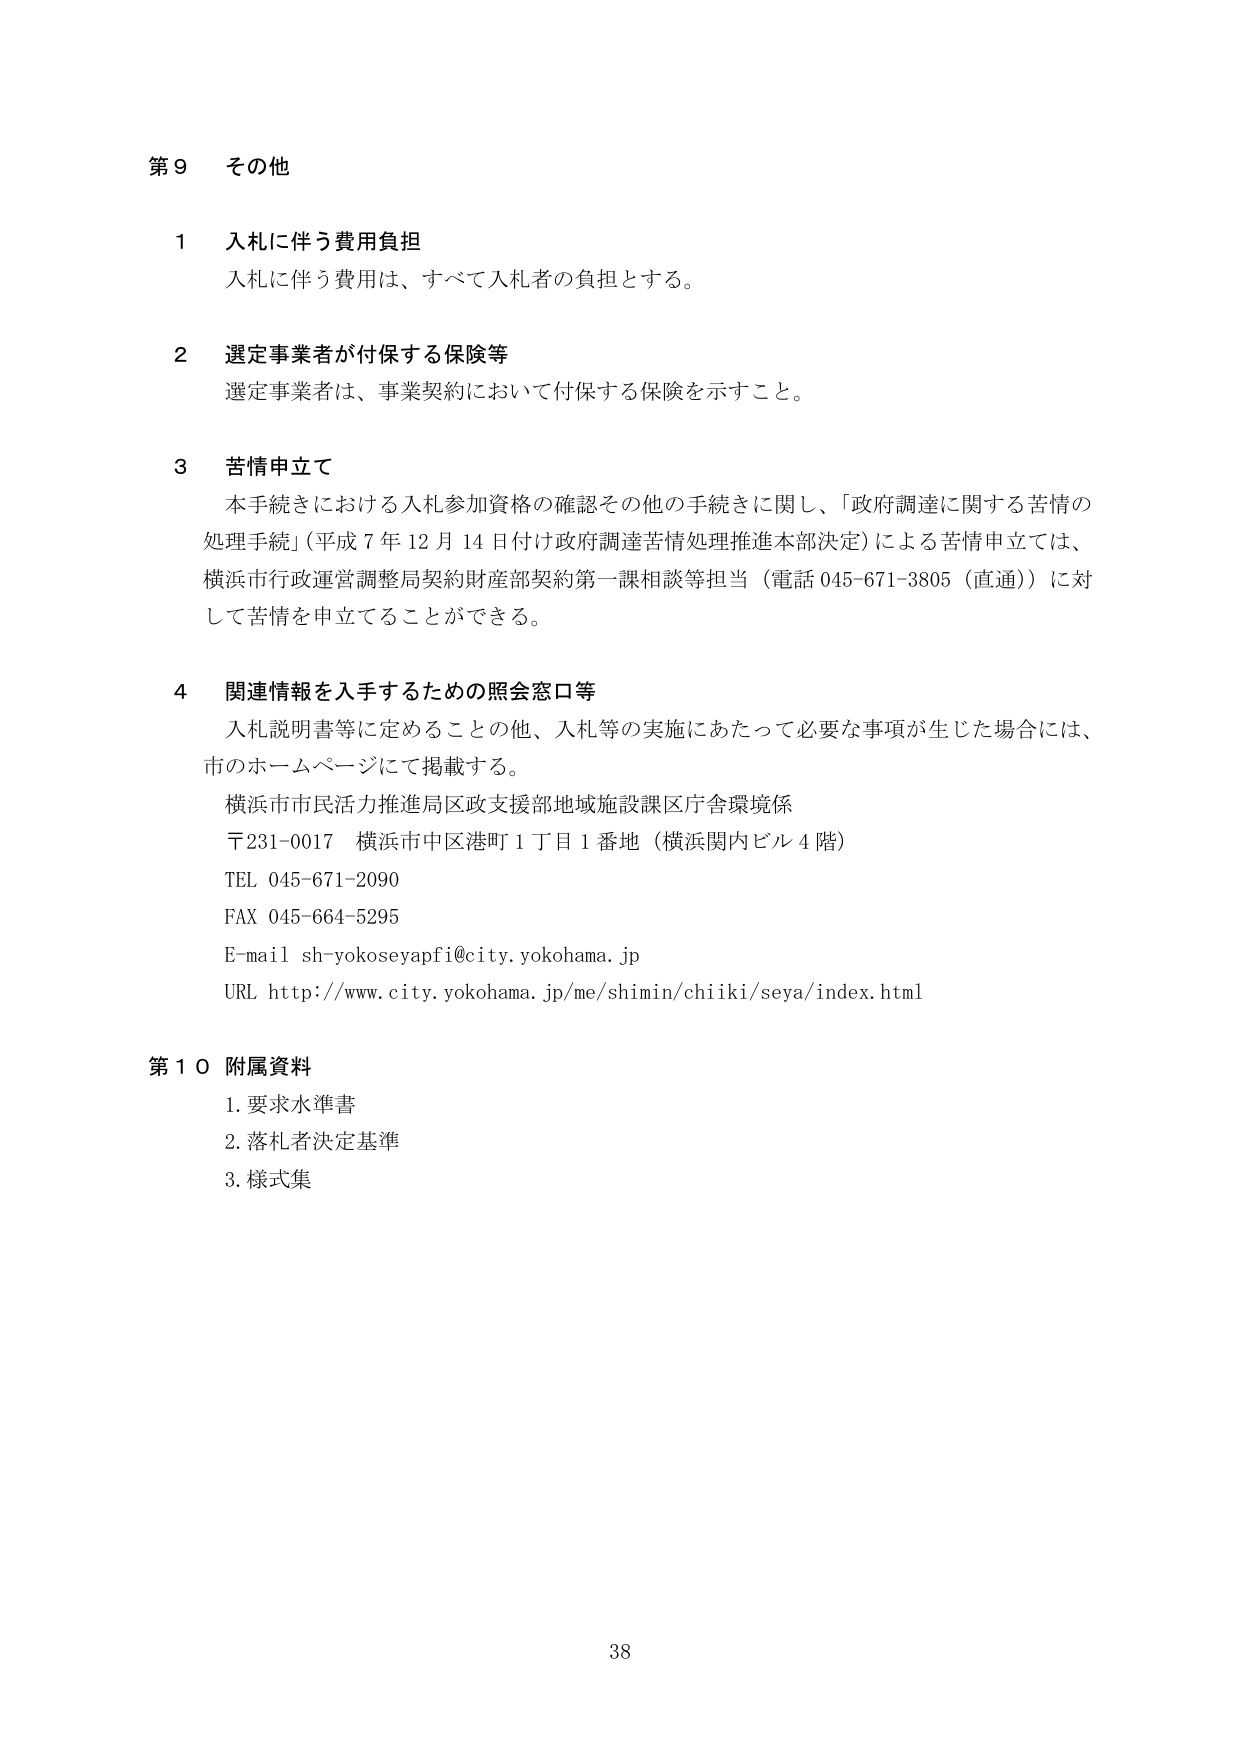
第９ その他

１ 入札に伴う費用負担
入札に伴う費用は、すべて入札者の負担とする。

２ 選定事業者が付保する保険等
選定事業者は、事業契約において付保する保険を示すこと。

３ 苦情申立て
本手続きにおける入札参加資格の確認その他の手続きに関し、「政府調達に関する苦情の
処理手続」（平成７年１２月１４日付け政府調達苦情処理推進本部決定）による苦情申立ては、
横浜市行政運営調整局契約財産部契約第一課相談等担当（電話 045-671-3805（直通））に対
して苦情を申立てることができる。

４ 関連情報を入手するための照会窓口等
入札説明書等に定めることの他、入札等の実施にあたって必要な事項が生じた場合には、
市のホームページにて掲載する。
横浜市市民活力推進局区政支援部地域施設課区庁舎環境係
〒231-0017 横浜市中区港町１丁目１番地（横浜関内ビル４階）
TEL 045-671-2090
FAX 045-664-5295
E-mail sh-yokoseyapfi@city.yokohama.jp
URL http://www.city.yokohama.jp/me/shimin/chiiki/seya/index.html

第１０ 附属資料
１．要求水準書
２．落札者決定基準
３．様式集

38